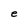
Character: e